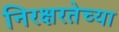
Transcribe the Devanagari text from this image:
निरक्षरतेच्या